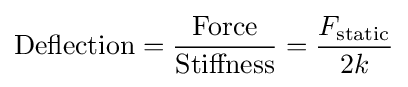
{\text{Deflection}}={\frac {\text{Force}}{\text{Stiffness}}}={\frac {F_{\text{static}}}{2k}}